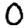
Digit: 0